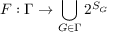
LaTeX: F : \Gamma \rightarrow \bigcup _ { G \in \Gamma } 2 ^ { S _ { G } }